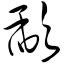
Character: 歃